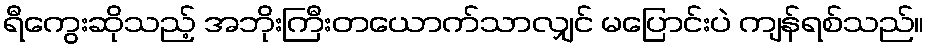
ရီကွေးဆိုသည့် အဘိုးကြီးတယောက်သာလျှင် မပြောင်းပဲ ကျန်ရစ်သည်။